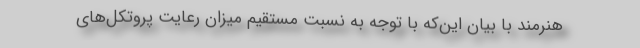
هنرمند با بیان این‌که با توجه به نسبت مستقیم میزان رعایت پروتکل‌های